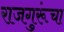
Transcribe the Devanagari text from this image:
राजगुरूंचा